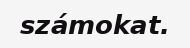
számokat.